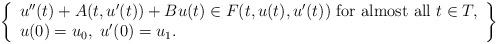
LaTeX: \begin{align*}\left\{\begin{array}{ll}u''(t) + A(t, u'(t)) + Bu(t) \in F(t, u(t), u'(t))\ \mbox{for almost all}\ t\in T,\\u(0) = u_{0},\ u'(0) = u_1.\end{array}\right\}\end{align*}